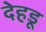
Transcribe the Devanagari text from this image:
देहडू